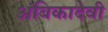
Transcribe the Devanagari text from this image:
अंबिकादेवी